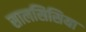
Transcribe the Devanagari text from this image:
सालसिसिया